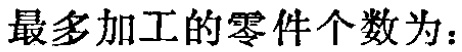
最多加工的零件个数为：